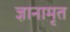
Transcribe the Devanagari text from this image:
ज्ञानामृत